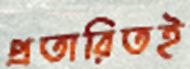
প্রতারিতই